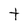
Character: t